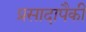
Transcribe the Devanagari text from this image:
प्रसादापैकी